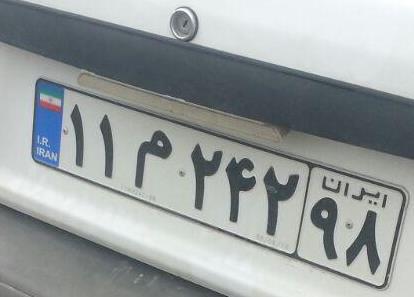
۱۱م۲۴۲۹۸